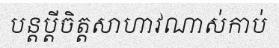
បន្តប្តីចិត្តសាហាវណាស់កាប់